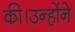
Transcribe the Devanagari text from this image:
की।उन्होंने